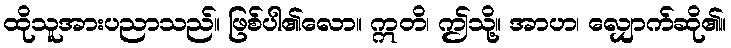
ထိုသူအားပညာသည်။ ဖြစ်ပါ၏လော။ ဣတိ၊ ဤသို့။ အာဟ၊ လျှောက်ဆို၏။